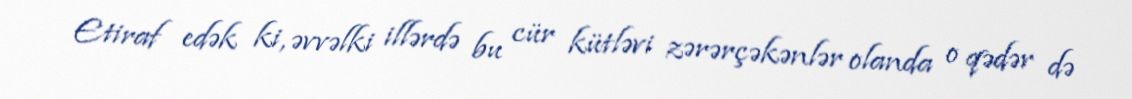
Etiraf edək ki, əvvəlki illərdə bu cür kütləvi zərərçəkənlər olanda o qədər də